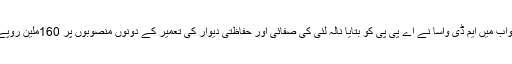
ایک سوال کے جواب میں ایم ڈی واسا نے اے پی پی کو بتایا نالہ لئی کی صفائی اور حفاظتی دیوار کی تعمیر کے دونوں منصوبوں پر 160ملین روپے لاگت آئے گی ۔